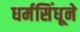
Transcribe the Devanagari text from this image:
धर्मसिंधूने